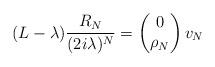
LaTeX: \begin{align*} (L-\lambda)\frac{R_N}{(2i\lambda)^N}= \begin{pmatrix}0\\ \rho_N\end{pmatrix}v_N\end{align*}